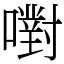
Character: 嚉